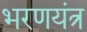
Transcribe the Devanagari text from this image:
भरणयंत्र